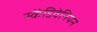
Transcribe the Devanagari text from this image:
स्केंडिवेनियन